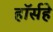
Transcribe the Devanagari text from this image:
हॉर्सहे